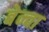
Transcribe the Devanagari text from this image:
बेन्वा